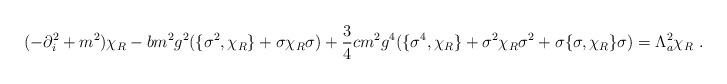
LaTeX: \begin{align*}(-\partial_i^2+m^2)\chi_R-bm^2g^2(\{\sigma^2,\chi_R\}+\sigma\chi_R\sigma)+\frac 34cm^2g^4(\{\sigma^4,\chi_R\}+\sigma^2\chi_R\sigma^2+\sigma\{\sigma,\chi_R\}\sigma)=\Lambda_{a}^2\chi_R\ .\end{align*}